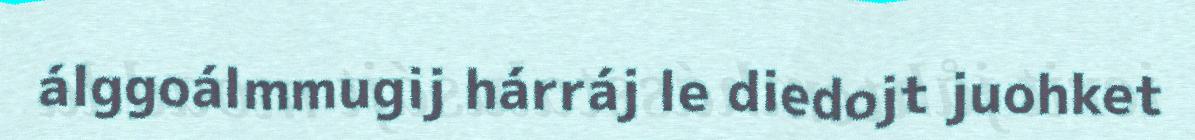
álggoálmmugij hárráj le diedojt juohket